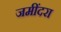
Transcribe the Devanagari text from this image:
जमींदरा